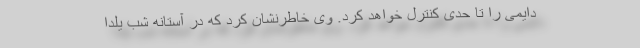
دایمی را تا حدی کنترل خواهد کرد. وی خاطرنشان کرد که در آستانه شب یلدا